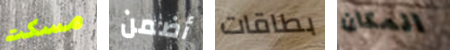
مسكت أضمن بطاقات المكان